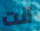
انت